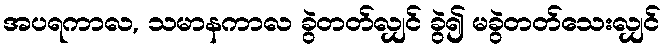
အပရကာလ, သမာနကာလ ခွဲတတ်လျှင် ခွဲ၍ မခွဲတတ်သေးလျှင်